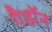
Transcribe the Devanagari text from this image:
गैडाॅन